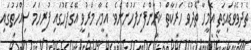
ތެދުވެވަޑައިގަތީ އެމީހާ ތެދުވެ ހަރަކާތް ކުރާންފެށިފަހުންނެވެ. އެމީހާ މަރުވީ އޭގެފަހުގައި ފުރިހަމަ ސިއްހަތުގައި